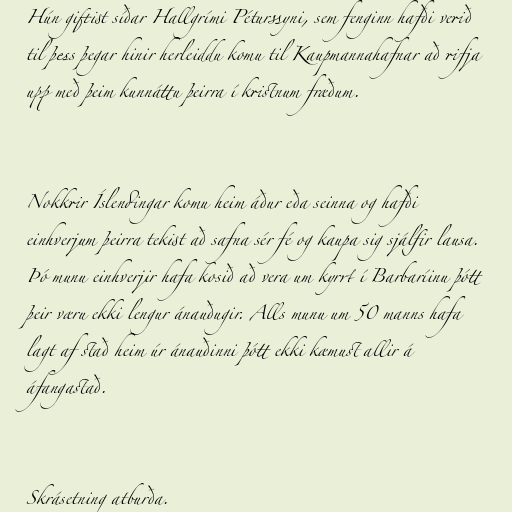
Hún giftist síðar Hallgrími Péturssyni, sem fenginn hafði verið
til þess þegar hinir herleiddu komu til Kaupmannahafnar að rifja
upp með þeim kunnáttu þeirra í kristnum fræðum.

Nokkrir Íslendingar komu heim áður eða seinna og hafði
einhverjum þeirra tekist að safna sér fé og kaupa sig sjálfir lausa.
Þó munu einhverjir hafa kosið að vera um kyrrt í Barbaríinu þótt
þeir væru ekki lengur ánauðugir. Alls munu um 50 manns hafa
lagt af stað heim úr ánauðinni þótt ekki kæmust allir á
áfangastað.

Skrásetning atburða.